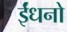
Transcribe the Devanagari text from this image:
ईंधनो